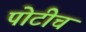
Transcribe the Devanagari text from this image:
पोटीच